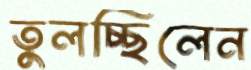
তুলচ্ছিলেন